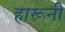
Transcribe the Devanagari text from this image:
हारूनी